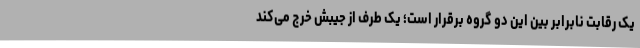
یک رقابت نابرابر بین این دو گروه برقرار است؛ یک طرف از جیبش خرج می‌کند